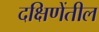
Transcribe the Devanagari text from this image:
दक्षिणेंतील